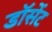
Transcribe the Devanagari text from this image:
डॉसेंट